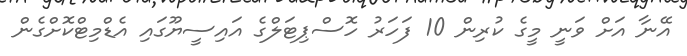
އޭނާ އަށް ވަނީ މީގެ ކުރިން 10 ފަހަރު ހޮސްޕިޓަލްގެ އައިސީޔޫގައި އެޑްމިޓްކޮށްގެން